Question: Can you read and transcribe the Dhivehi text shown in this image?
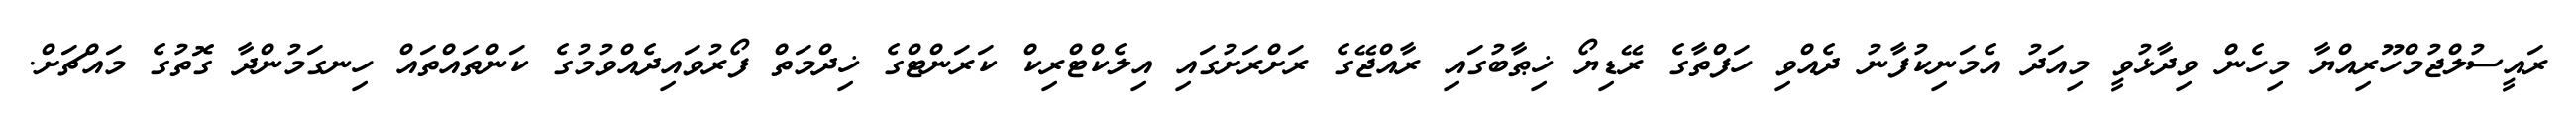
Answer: ރައީސުލްޖުމްހޫރިއްޔާ މިހެން ވިދާޅުވީ މިއަދު އެމަނިކުފާނު ދެއްވި ހަފްތާގެ ރޭޑިޔޯ ޚިޠާބުގައި ރާއްޖޭގެ ރަށްރަށުގައި އިލެކްޓްރިކް ކަރަންޓްގެ ޚިދްމަތް ފޯރުވައިދެއްވުމުގެ ކަންތައްތައް ހިނގަމުންދާ ގޮތުގެ މައްޗަށް.